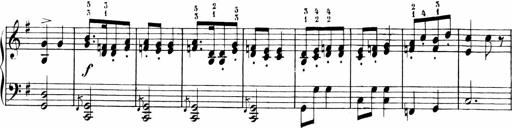
Title: 6 Liedersonatinen
Composer: Carl Reinecke